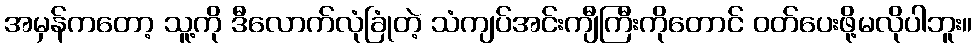
အမှန်ကတော့ သူ့ကို ဒီလောက်လုံခြုံတဲ့ သံကျပ်အင်းကျီကြီးကိုတောင် ဝတ်ပေးဖို့မလိုပါဘူး။